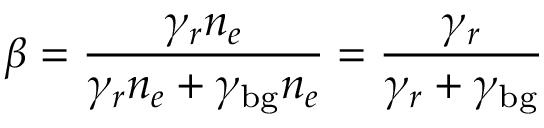
\beta = \frac { \gamma _ { r } n _ { e } } { \gamma _ { r } n _ { e } + \gamma _ { \mathrm { b g } } n _ { e } } = \frac { \gamma _ { r } } { \gamma _ { r } + \gamma _ { \mathrm { b g } } }